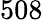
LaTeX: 508